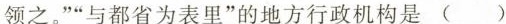
领之。”“与都省为表里”的地方行政机构是( )